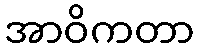
အာဝိကတာ